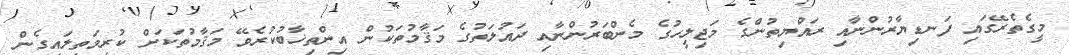
މީގެތެރޭގައި ފަނޑިޔާރުންނާއި ރައްޔިތުންގެ މަޖިލީހުގެ މެންބަރުންނާއި ދައުލަތުގެ މަޤާމުތަކުން އިންތިޚާބުކުރެވޭ މަޤާމުތަކަށް ކުރިމަތިލައިގެން